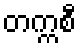
တက္ကစီ